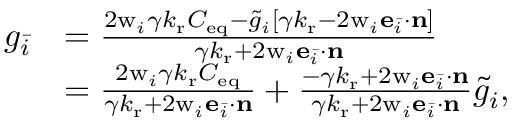
\begin{array} { r l } { g _ { \bar { i } } } & { = \frac { 2 \mathrm { w } _ { i } { \gamma k _ { \mathrm { r } } C _ { \mathrm { e q } } - \tilde { g } _ { i } \left[ { \gamma k _ { \mathrm { r } } - 2 \mathrm { w } _ { i } \mathbf { e } _ { \bar { i } } \cdot \mathbf { n } } \right] } } { { \gamma k _ { \mathrm { r } } + 2 \mathrm { w } _ { i } \mathbf { e } _ { \bar { i } } \cdot \mathbf { n } } } } \\ & { = \frac { 2 \mathrm { w } _ { i } \gamma k _ { \mathrm { r } } C _ { \mathrm { e q } } } { \gamma k _ { \mathrm { r } } + 2 \mathrm { w } _ { i } \mathbf { e } _ { \bar { i } } \cdot \mathbf { n } } + \frac { - \gamma k _ { \mathrm { r } } + 2 \mathrm { w } _ { i } \mathbf { e } _ { \bar { i } } \cdot \mathbf { n } } { \gamma k _ { \mathrm { r } } + 2 \mathrm { w } _ { i } \mathbf { e } _ { \bar { i } } \cdot \mathbf { n } } \tilde { g } _ { i } , } \end{array}